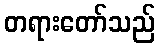
တရားတော်သည်